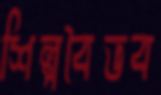
শিল্পবৈভব